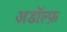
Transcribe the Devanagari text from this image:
अडॉल्फ़